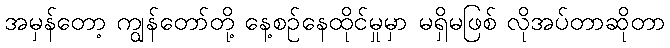
အမှန်တော့ ကျွန်တော်တို့ နေ့စဉ်နေထိုင်မှုမှာ မရှိမဖြစ် လိုအပ်တာဆိုတာ